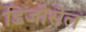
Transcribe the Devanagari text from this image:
डिजीसेल